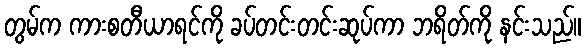
တွမ်က ကားစတီယာရင်ကို ခပ်တင်းတင်းဆုပ်ကာ ဘရိတ်ကို နင်းသည်။